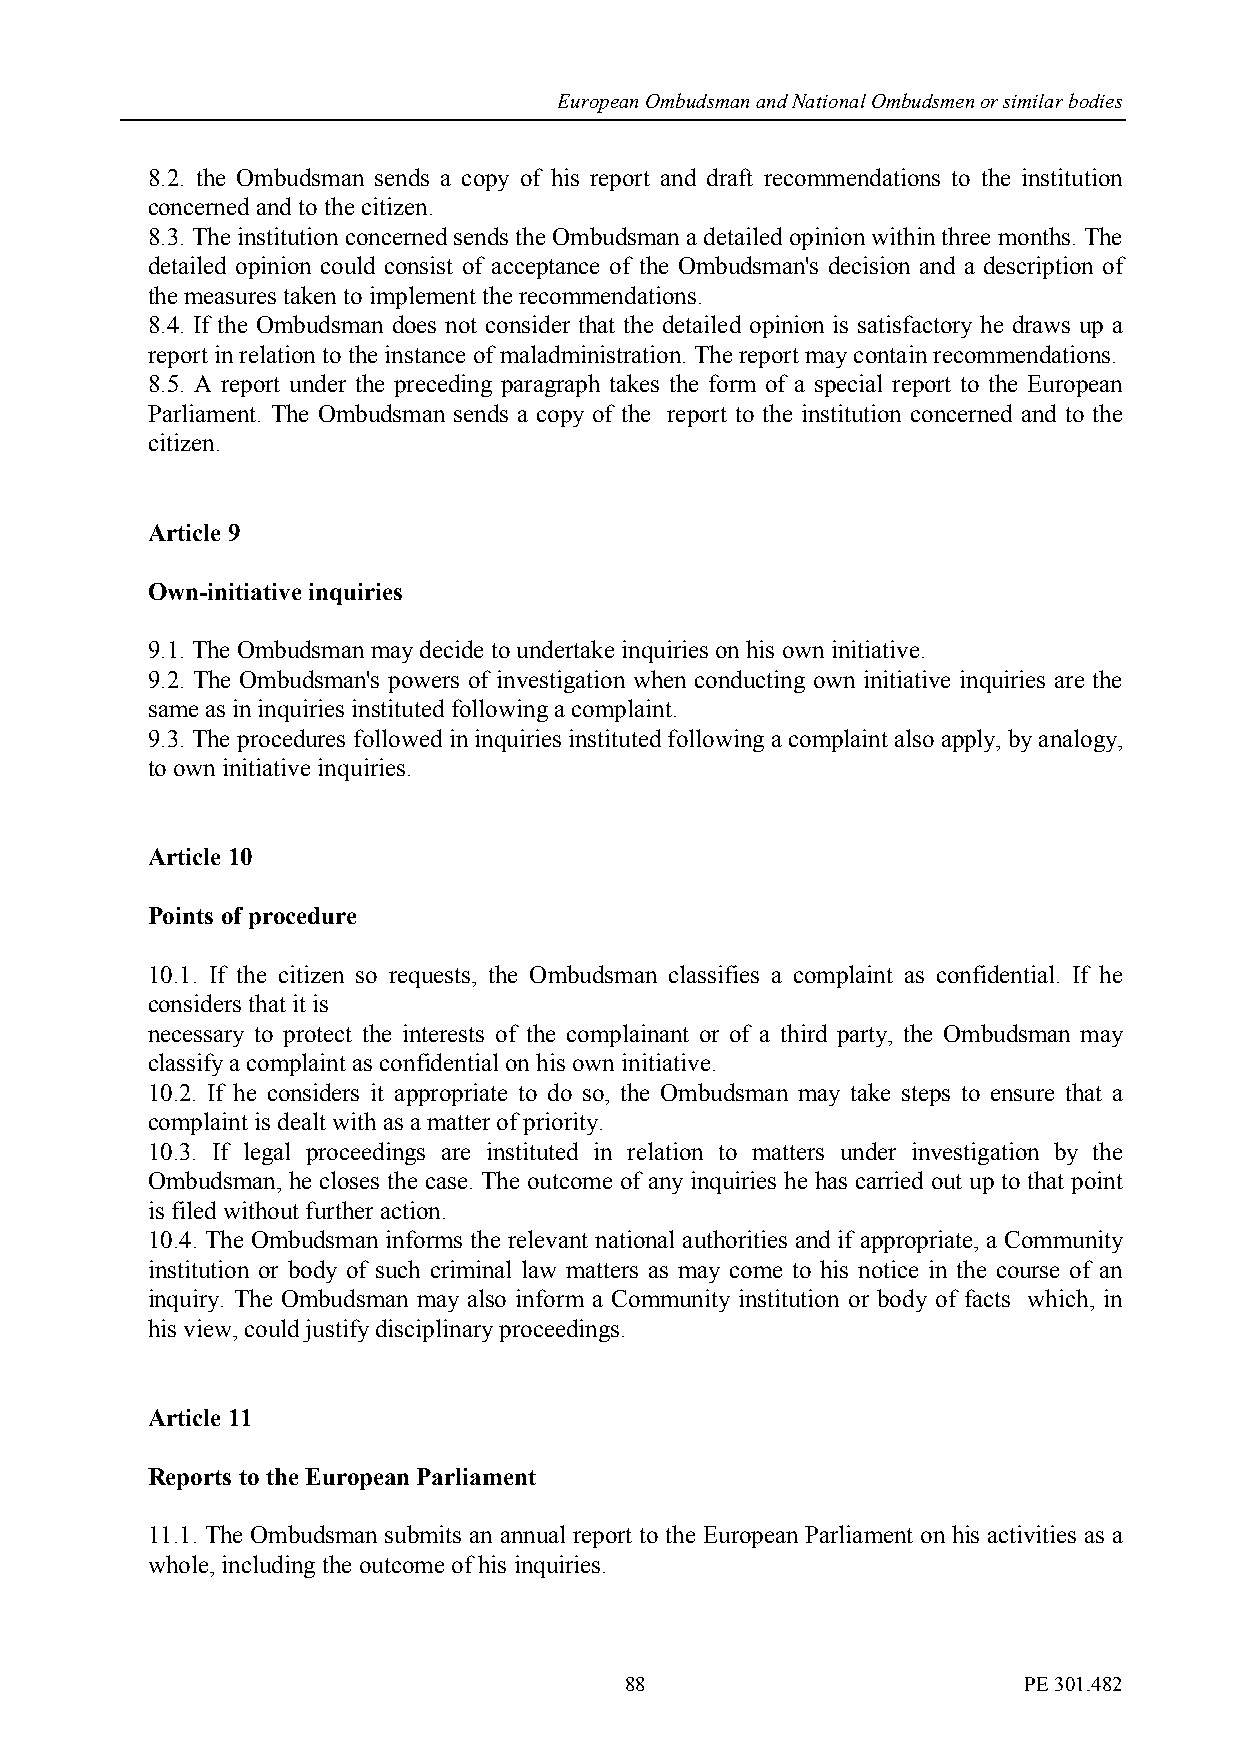
European Ombudsman and National Ombudsmen or similar bodies
 8.2. the Ombudsman sends a copy of his report and draft recommendations to the institution
 concerned and to the citizen.
 8.3. The institution concerned sends the Ombudsman a detailed opinion within three months. The
 detailed opinion could consist of acceptance of the Ombudsman's decision and a description of
 the measures taken to implement the recommendations.
 8.4. If the Ombudsman does not consider that the detailed opinion is satisfactory he draws up a
 report in relation to the instance of maladministration. The report may contain recommendations.
 8.5. A report under the preceding paragraph takes the form of a special report to the European
 Parliament. The Ombudsman sends a copy of the report to the institution concerned and to the
 citizen.
 Article 9
 Own-initiative inquiries
 9.1. The Ombudsman may decide to undertake inquiries on his own initiative.
 9.2. The Ombudsman's powers of investigation when conducting own initiative inquiries are the
 same as in inquiries instituted following a complaint.
 9.3. The procedures followed in inquiries instituted following a complaint also apply, by analogy,
 to own initiative inquiries.
 Article 10
 Points of procedure
 10.1. If the citizen so requests, the Ombudsman classifies a complaint as confidential. If he
 considers that it is
 necessary to protect the interests of the complainant or of a third party, the Ombudsman may
 classify a complaint as confidential on his own initiative.
 10.2. If he considers it appropriate to do so, the Ombudsman may take steps to ensure that a
 complaint is dealt with as a matter of priority.
 10.3. If legal proceedings are instituted in relation to matters under investigation by the
 Ombudsman, he closes the case. The outcome of any inquiries he has carried out up to that point
 is filed without further action.
 10.4. The Ombudsman informs the relevant national authorities and if appropriate, a Community
 institution or body of such criminal law matters as may come to his notice in the course of an
 inquiry. The Ombudsman may also inform a Community institution or body of facts which, in
 his view, could justify disciplinary proceedings.
 Article 11
 Reports to the European Parliament
 11.1. The Ombudsman submits an annual report to the European Parliament on his activities as a
 whole, including the outcome of his inquiries.
 88                         PE 301.482